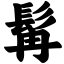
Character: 髯